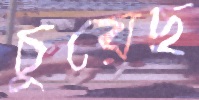
চুয়েছ